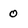
Character: 0